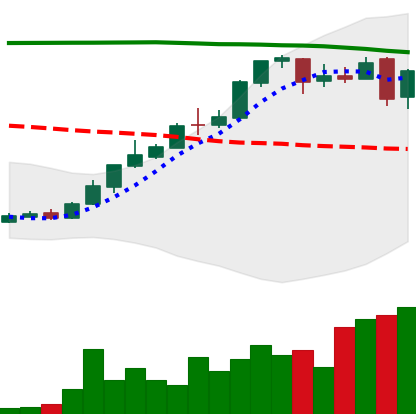
Ticker: DOGE-USD
Chart end date: 2018-04-26
Forward return: -8.584%
Label: down_7plus